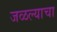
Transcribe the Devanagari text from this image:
जळल्याचा